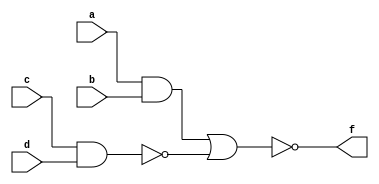
module aoi_b(input a,b,c,d, output reg f);
	always @(a or b or c or d)
	begin
		f = ~((a&b)|(~(c&d)));
	end
endmodule